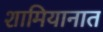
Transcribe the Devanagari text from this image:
शामियानात